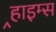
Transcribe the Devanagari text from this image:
र्‍हाइम्स